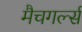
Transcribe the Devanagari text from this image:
मैचगर्ल्स